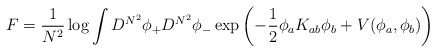
\begin{align*}F = { 1 \over N^2} \log \int D^{N^2} \phi_{+} D^{N^2} \phi_{-} \exp \left( -{1 \over2 } \phi_a K_{ab} \phi_b + V(\phi_a, \phi_b) \right)\end{align*}